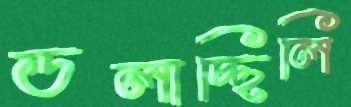
ডলাচ্ছিলি